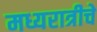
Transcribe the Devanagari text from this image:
मध्यरात्रीचे